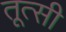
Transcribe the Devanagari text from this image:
तूत्सी